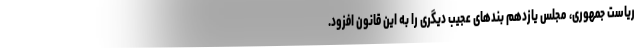
رياست جمهورى، مجلس يازدهم بندهاى عجيب ديگرى را به اين قانون افزود.